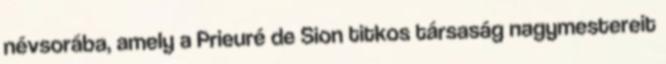
névsorába, amely a Prie­u­ré de Sion titkos társaság nagymestereit